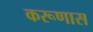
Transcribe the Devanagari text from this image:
करूणास